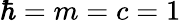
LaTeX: \hbar=m=c=1